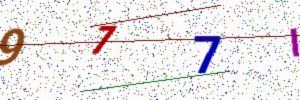
Text: 977I